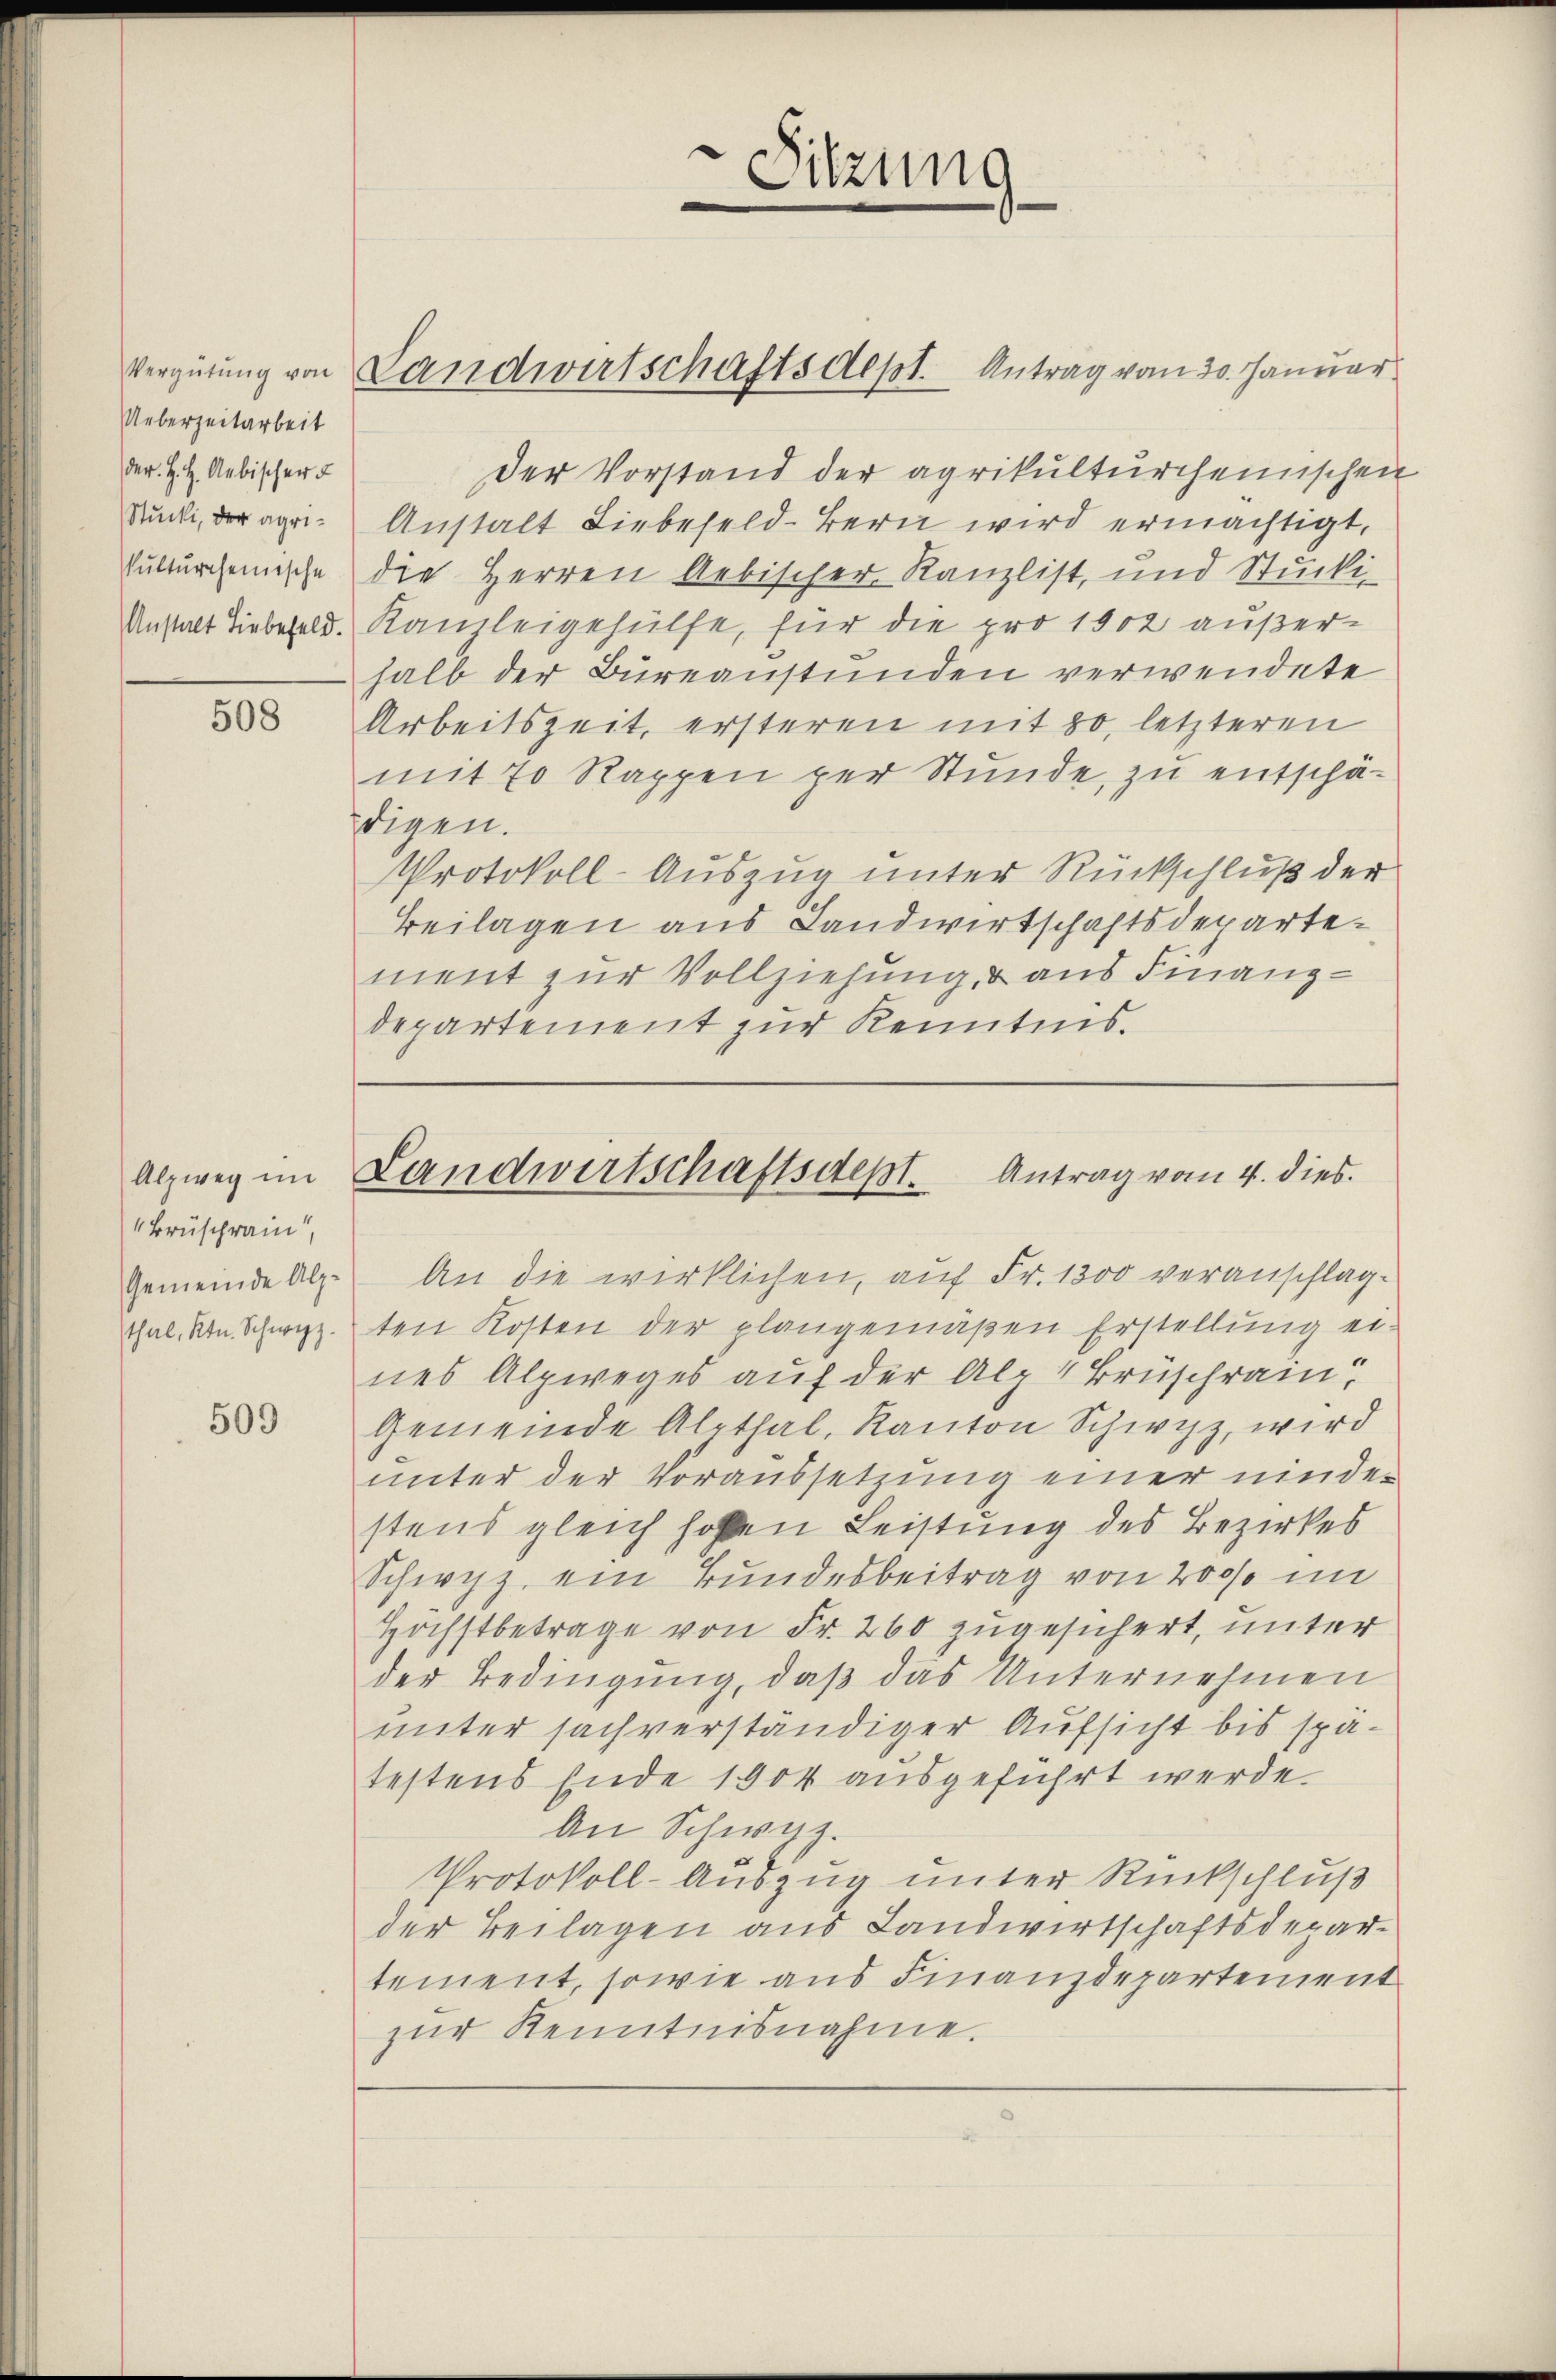
Ueberzeitarbeit
der. H. H. Aebischer

508

Alzwey im
Brüschrain

509

Sitzung
e

Vergütung von Landwirtschaftsdept. Antrag vom 30. Januar

Der Vorstand der agrikulturcheinischen
Rucki, der agri- Anstalt Liebefeld-Bern wird ermächtigt,
kutterchemische die Herren Gebischer Kanzlist, und Stücki-
Anstalt Liebefeld. Kanzleigehülfe, für die pro 1902 außerhalb der Büreaustunden verwendete
Arbeitszeit, ersteren mit 80, letzteren
mit 70 Rappen per Stunde, zu entschädigen.
Protokoll-Auszug unter Rückschluß der
Beilagen aus Landwirtschaftsdepartement zur Vollziehung d aus Finanz-
departement zur Kenntnis.

Landwirtschaftsdept. Antrag vom 4. dies

Gemeinde Alp. An die wirklichen, auf Fr. 1300 veranschlag¬
Thal. Von Schwyz.ten Kosten der plangemäßen Erstellung ei-
nes Alpweges auf der Alp 4 Bruschrain
Gemeinde Alpthal, Kanton Schwyz, wird
unter der Voraussetzung einer nieder
stens gleich hohen Leistung des Bezirkes
Schwyz, ein Bundesbeitrag von 2000 im
Höchstbetrage von Fr. 260 zugesichert, unter
der Bedingung, daß das Unternehmen
unter sachverständiger Aufsicht bis spätestens Ende 1904 ausgeführt werde.
An Schwyz.
Protokoll-Auszug unter Rückschluß
der Beilagen aus Landwirtschaftsdepar-
tement, sowie aus Finanzdepartement
zŭr Kenntnisnahme.